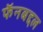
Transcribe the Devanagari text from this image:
फॅनबद्दल